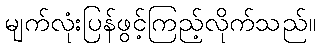
မျက်လုံးပြန်ဖွင့်ကြည့်လိုက်သည်။